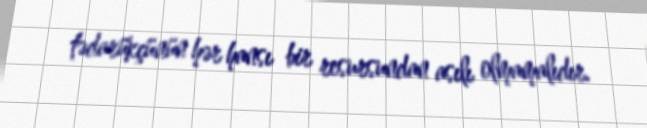
tədarükçünün hər hansı bir resursundan asılı olmamalıdır.